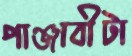
পাঞ্জাবীটা